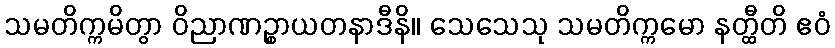
သမတိက္ကမိတွာ ဝိညာဏဉ္စာယတနာဒီနိ။ သေသေသု သမတိက္ကမော နတ္ထီတိ ဧဝံ